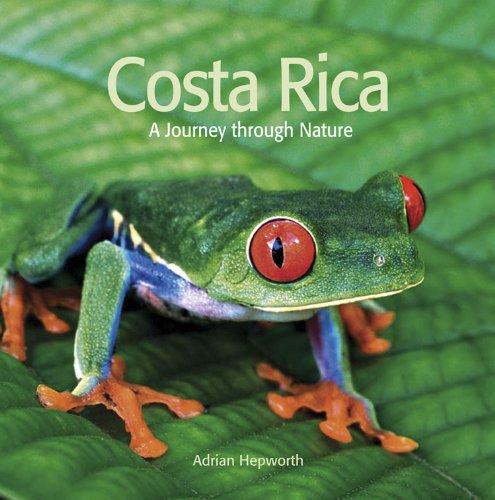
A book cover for Costa Rica: A Journey through Nature; Adrian Hepworth; Travel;